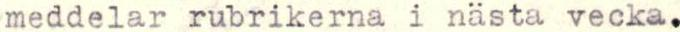
meddelar rubrikerna i nästa vecka.